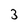
Character: 3